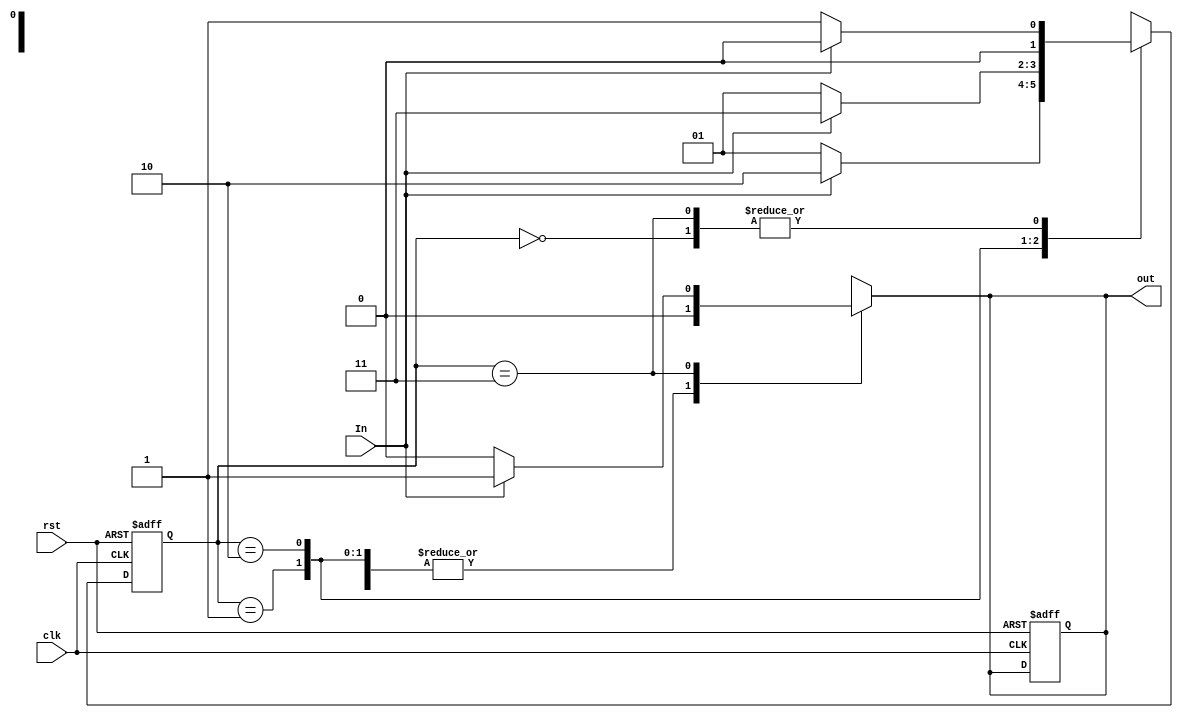
module Seq_gen(
  input clk,rst,In,
  output reg out);
  
  reg [1:0]present_state, next_state;
  
   parameter A = 2'b00,
             B = 2'b01,
             C = 2'b10, 
             D = 2'b11;
  
  always @(posedge clk or negedge rst)
    begin
      if(rst!=1) begin
        present_state <= 2'b00;
        out = 0;
      end
      else 
        present_state <= next_state;
    end
  always @(*) begin
        case(present_state)
        A: begin 
          next_state = In ? A : B;
          out = 1'b0;
        end
        B: begin
          next_state = In ? C : B;
          out =1'b0;
        end
        C: begin
          next_state = In ? D : B;
          out = 1'b0;
        end
        D: begin
          next_state = In ? A : B;
          out = In ? 1'b1:1'b0;
        end
          default: begin
            next_state = A;
          out = 1'b0;
          end
        endcase
  end
  
//   always @(*)
//     begin
//       if(present_state == D) begin
//         if( In == 1)
//           out = 1;
//       else
//         out =0;
//       end
//     end
      
endmodule